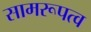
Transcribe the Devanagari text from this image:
सामरूपत्व